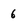
Character: 6